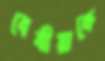
বেবীয়াকে